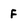
Character: F